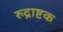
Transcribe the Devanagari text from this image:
रुद्राष्टक